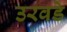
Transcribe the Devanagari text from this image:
उरवडे